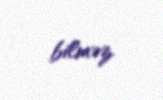
bilməz.